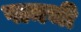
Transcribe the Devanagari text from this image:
पामची